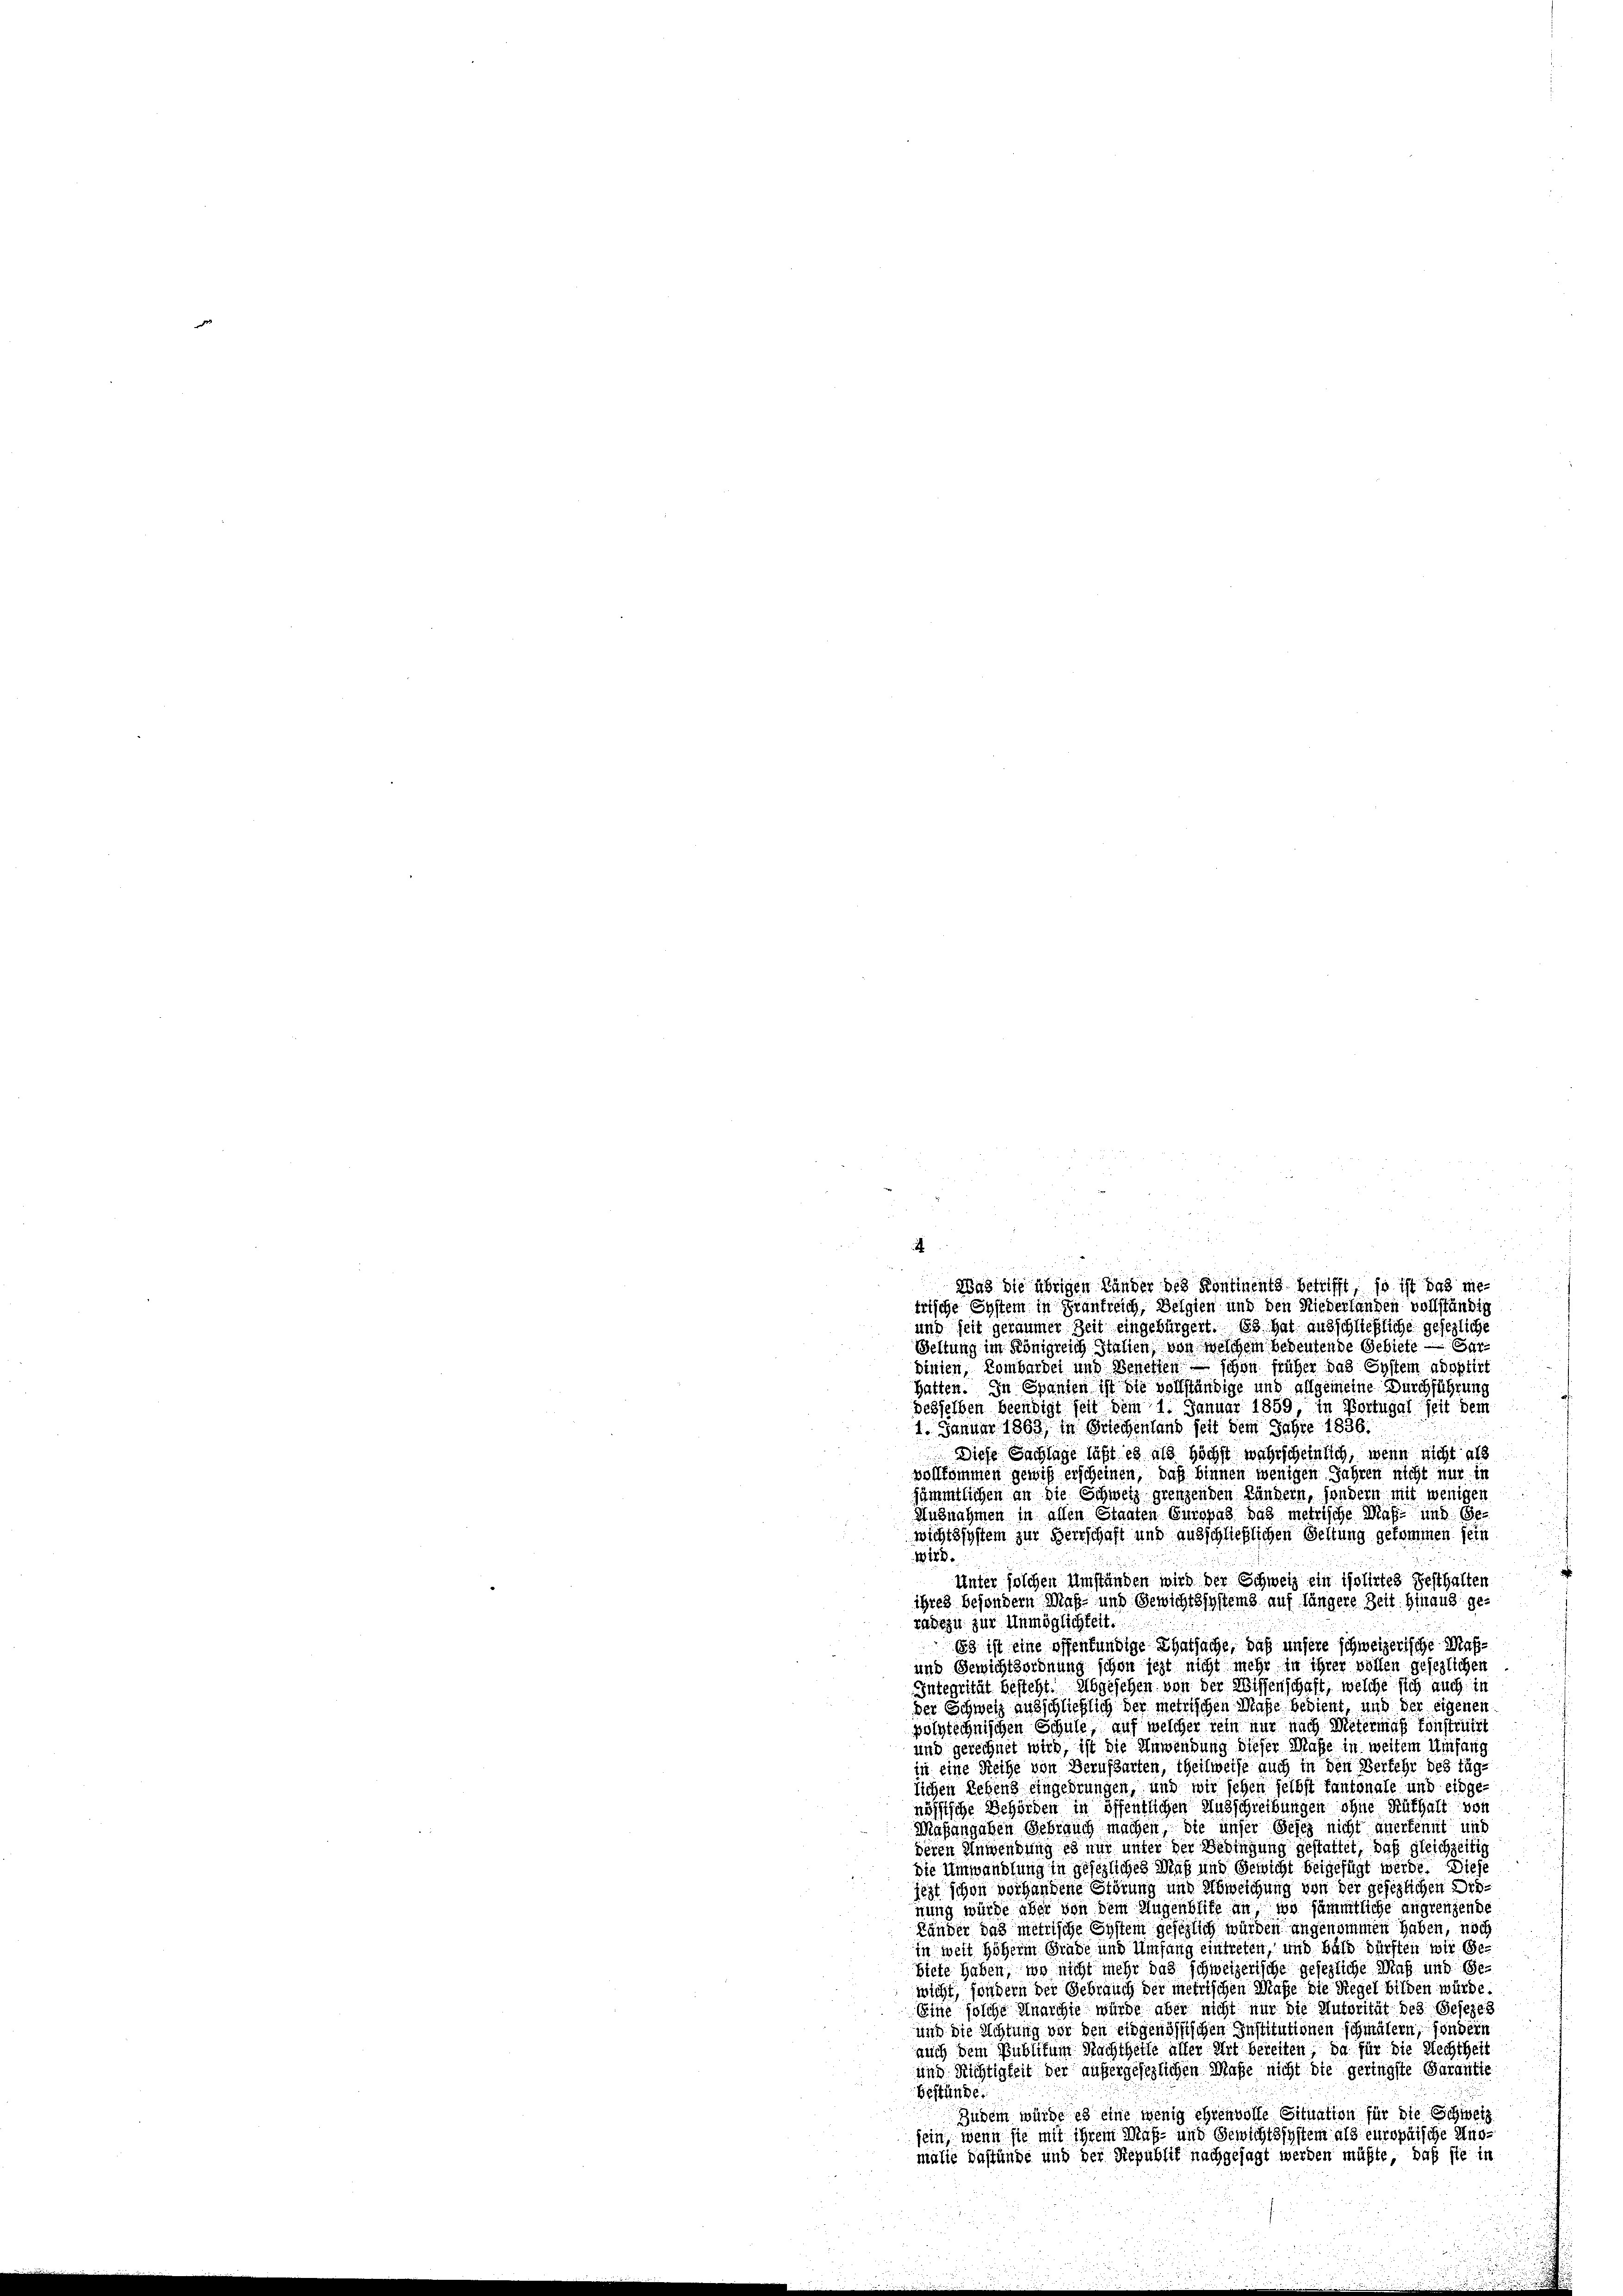
.
.
.
Was die übrigen Lander des Kontinents betrifft, so ist das me-
trische Eystem in Frankreich, Belgien und den Niederlanden vollständig

und seit geraumer Zeit eingebürgert. 83. Hat ausschließliche gesezliche
Beltung im Königreich Italien, von welchem bedeutende Gebiete - Gardinien, Kombardel und Beneffen schon früher das System adoptirt
hatten. In Spanten ist die vollständige und allgemeine Durchführung
desselben beendigt seit dem 1. Januar 1859, in Portugal seit dem
1. Januar 1863, in Griechenland seit dem Jahre 1836.
Diese Sachlage läßt es als höchst wahrscheinlich, wenn nicht als
vollkommen gewiß erscheinen, daß binnen wenigen Jahren nicht nur in
sämmtlichen an die Schweiz grenzenden Ländern, sondern mit wenigen
Ausnahmen in allen Staaten Suropas das metrische Maß- und Gewichtssystem zur Herrschaft und ausschließlichen Geltung gekommen sein
Wird.
Unter solchen Umständen wird der Schweiz ein isolirtes Gesthalten
ihres besondern Maß- und Gewichtssystems auf längere Zeit hinaus geradezu zur Unmöglichkeit.
Es ist eine offenfundige Thatsache, daß unsere schweizerische Maß¬
und Gewichtsordnung schon jezt nicht mehr in ihrer vollen gesezlichen
Integrität besteht. Abgesehen von der Wissenschaft, welche sich auch in
der Schweiz ausschließlich der metrischen Maße bedient, und der eigenen
polytechnischen Schule auf welcher sein nur nach Metermaß sonstruirt
und gerechnet wird, ist die Anwendung dieser Maße in weitem Umfang
in eine Reihe von Berufsarten, theilweise auch in den Verfehr des Tag
lichen Lehens eingedrungen, und wir sehen selbst fantonale und einge-
nössische Behörden in öffentlichen Ausschreibungen ohne Rathalt von
Masangehen Gebrauch machen, die unser Gesez nicht anerkennt und
deren Anwendung es nur unter der Bedingung gestattet, daß gleichzeitig
die Umwandlung in gesezliches Maß und Gewicht beigefügt werde. Diese
jezt schon vorhandene Störung und Abweichung von der gesezlichen Ordnung würde aber von dem Augenblife an wo sämmtliche angrenzende
Länder das metrische System gesezlich würden angenommen haben, noch
in weit höherm Grade und Umfang eintreten, und bald dürften wir Gebiete haben, wo nicht mehr das schweizerische gesezliche Maß und Gewicht, sondern der Gebrauch der metrischen Maße die Regel bilden würde.
Eine solche Anarchie würde aber nicht nur die Autorität des Gesezes
und die Achtung vor den eidgenössischen Institutionen schmälern, sonder
auch dem Publikum Nachtheite aller Art bereiten, da für die Rechtheil
und Richtigkeit der außergesezlichen Maße nicht die geringste Garantie
Bestände.
Zudem würde es eine wenig ehrenvolle Situation für die Schweiz
sein, wenn sie mit ihrem Maß- und Gewichtssystem als europaische Ansmalie Dastünde und der Republik nachgesagt werden müßte, daß sie in